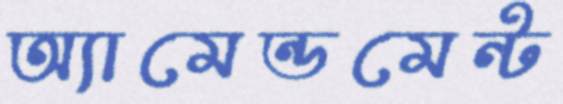
অ্যামেন্ডমেন্ট